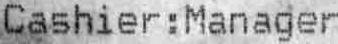
CASHIER : MANAGER